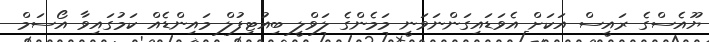
ޔޫއެސްގެ ރައީސް އަކަށް އެވަޑައިގަންނަވަނީ މަމެންގެ ލަވްލީ ބިއުޓިފުލް މައިންޑެއް ކަމުގައިވާ އޯސަމް